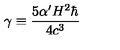
\gamma \equiv \frac { 5 \alpha ^ { \prime } H ^ { 2 } \hbar } { 4 c ^ { 3 } }